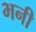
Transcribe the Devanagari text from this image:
भनी